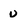
Character: U